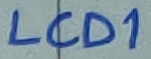
Text: LCD1